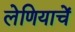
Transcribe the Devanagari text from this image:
लेणियाचें